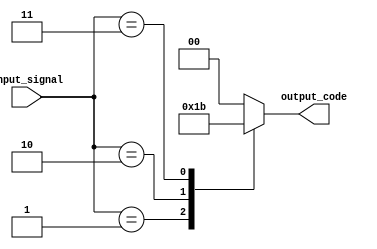
module encoder(
  input [3:0] input_signal,
  output reg [1:0] output_code
);

always @(*) begin
  case(input_signal)
    4'b0000: output_code = 2'b00;
    4'b0001: output_code = 2'b01;
    4'b0010: output_code = 2'b10;
    4'b0011: output_code = 2'b11;
    default: output_code = 2'b00; // default output code
  endcase
end

endmodule